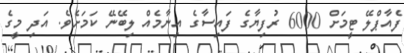
ފެއާޕްލޭ ޓީމަށް 6000 ރުފިޔާގެ ފައިސާގެ އިނާމެއް ލިބޭނޭ ކަމަށެވެ. އަދި މީގެ